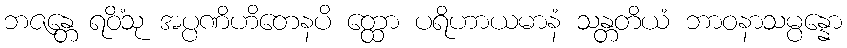
ဘဇန္တေ ရဝိံသု အပ္ပဏိဟိတေနပိ တ္ထော ပရိဟာယမာနံ သန္တတိယံ ဘာဝနာသမ္ပန္နော